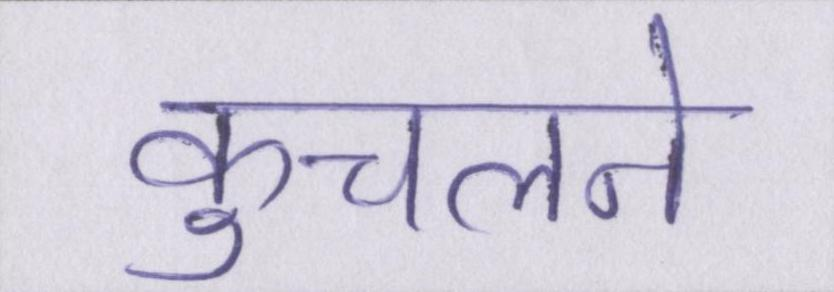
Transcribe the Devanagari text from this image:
कुचलने